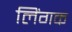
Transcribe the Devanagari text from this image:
लिंगक